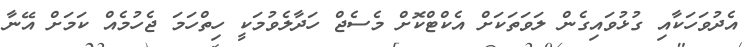
އެދުވަހަކާއި ގުޅުވައިގެން ލަވަތަކަށް އެކްޓްކޮށް މެސެޖް ހަދާލެވުމަކީ ހިތްހަމަ ޖެހުމެއް ކަމަށް އޭނާ